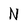
Character: N